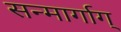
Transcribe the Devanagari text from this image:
सन्मार्गाग्